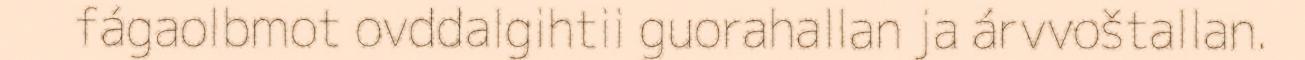
fágaolbmot ovddalgihtii guorahallan ja árvvoštallan.